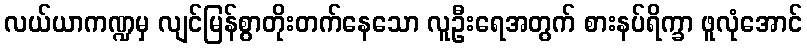
လယ်ယာကဏ္ဍမှ လျင်မြန်စွာတိုးတက်နေသော လူဦးရေအတွက် စားနပ်ရိက္ခာ ဖူလုံအောင်